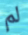
لم